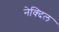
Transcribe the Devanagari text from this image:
नेक्दिल